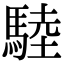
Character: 𩣱